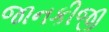
જાનકીજી